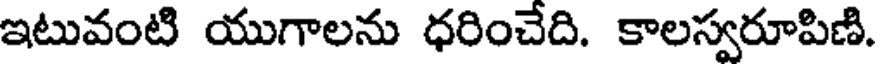
ఇటువంటి యుగాలను ధరించేది. కాలస్వరూపిణి.